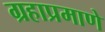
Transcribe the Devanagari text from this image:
ग्रहाप्रमाणे